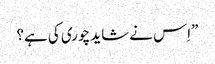
”اِس نے شاید چوری کی ہے؟